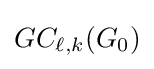
GC_{\ell ,k}(G_{0})